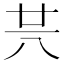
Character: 𠔏